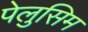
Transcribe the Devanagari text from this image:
पेलुसिम